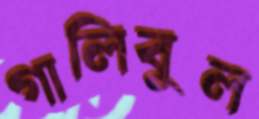
গালিবুল